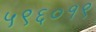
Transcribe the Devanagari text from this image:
५९६०१९